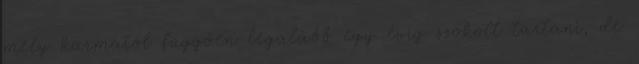
mely karmától függően legalább egy évig szokott tartani, de